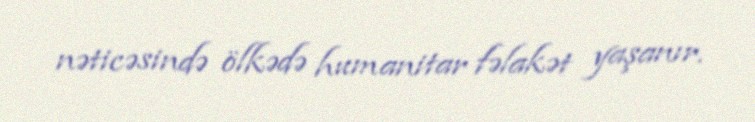
nəticəsində ölkədə humanitar fəlakət yaşanır.